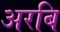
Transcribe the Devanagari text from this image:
अरबि